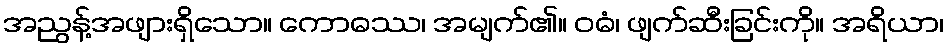
အညွန့်အဖျားရှိသော။ ကောဓဿ၊ အမျက်၏။ ဝဓံ၊ ဖျက်ဆီးခြင်းကို။ အရိယာ၊